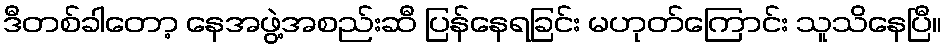
ဒီတစ်ခါတော့ နေအဖွဲ့အစည်းဆီ ပြန်နေရခြင်း မဟုတ်ကြောင်း သူသိနေပြီ။